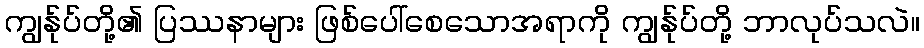
ကျွန်ုပ်တို့၏ ပြဿနာများ ဖြစ်ပေါ်စေသောအရာကို ကျွန်ုပ်တို့ ဘာလုပ်သလဲ။